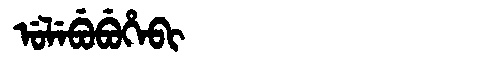
Manchu: ᡠᠯᡝᠪᡠᠪᡠᡥᡝᠪᡳ
Romanization: ULEBUBUHEBI